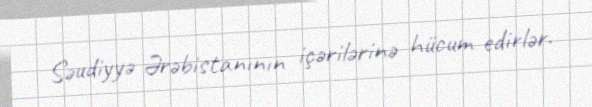
Səudiyyə Ərəbistanının içərilərinə hücum edirlər.